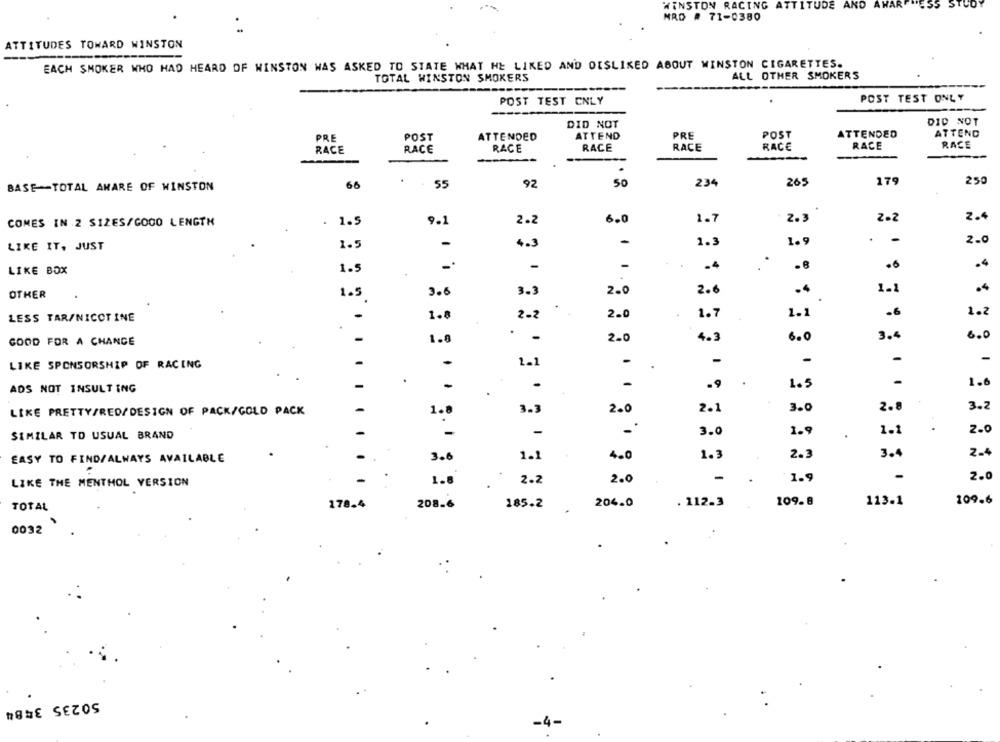
WINSTON RACING
ATTITUDE AND AWAR
#55 STUDY
MRD # 71-0380
ATTITUDES TOWARD WINSTON
EACH SMOKER WHO HAD HEARD OF WINSTON WAS ASKED TO STATE WHAT HE LIKED AND DISLIKED ABOUT WINSTON CIGARETTES.
ALL OTHER SMOKERS
TOTAL WINSTON SMOKERS
POST TEST CNLY
POST TEST ONLY
DID NOT
DID NOT
PRE
POST
ATTENDED
ATTEND
PRE
POST
ATTENDED
ATTEND
RACE
RACE
RACE
RACE
RACE
RACE
RACE
RACE
-
66
55
92
50
234
265
179
250
BASE -- TOTAL AWARE OF WINSTON
COMES IN 2 SIZES/GOOD LENGTH
. 1.5
9.1
2.2
6.0
1.7
2.3
2.2
2.
1.5
4.3
-
1.3
1.9
-
2.0
LIKE IT, JUST
1.5
-
.4
.6
.4
LIKE BOX
1.1
.4
OTHER
1.5
3.6
3.3
2.0
2.6
.4
LESS TAR/NICOTINE
1.8
2-2
2.0
1.7
1.1
.6
1.2
GOOD FOR A CHANCE
1.8
. -
2.0
4.3
6.0
3.4
6.0
LIKE SPONSORSHIP OF RACING
-
-
-
-
-
2.1
.
-
1.5
-
1.6
ADS NOT INSULTING
-
.9
3.0
3.2
LIKE PRETTY/RED/DESIGN OF PACK/GOLD PACK
1.8
3.3
2.0
2.1
2.8
2.0
SIMILAR TO USUAL BRAND
-
3.0
1.9
1.1
EASY TO FIND/ALWAYS AVAILABLE
3.6
1.1
4.0
1.
2.3
3.4
LIKE THE MENTHOL VERSION
1.8
2.2
2.0
-
1.9
-
2.0
178.4
185.2
204.0
. 112.3
109.8
113.1
109.6
TOTAL
208.6
0032
50235 3484
-4-